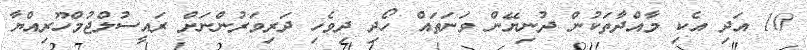
10 އަދި އެކި މާއްދާތަކުން ދުނިޔޭން ވަނަތައް ހޯދި ދިވެހި ދަރިވަރުންނަށް ރައީސުލްޖުމްހޫރިއްޔާ